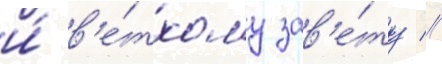
и́ в'е́тхому зав'е́ту //